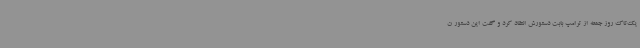
یک‌تاک روز جمعه از ترامپ بابت دستورش انتقاد کرد و گفت این دستور ن